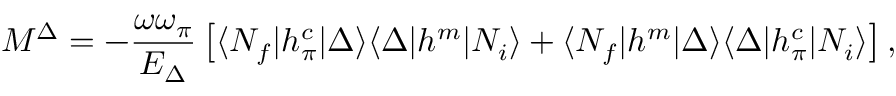
{ \cal M } ^ { \Delta } = - \frac { \omega \omega _ { \pi } } { E _ { \Delta } } \left[ \langle N _ { f } | h _ { \pi } ^ { c } | \Delta \rangle \langle \Delta | h ^ { m } | N _ { i } \rangle + \langle N _ { f } | h ^ { m } | \Delta \rangle \langle \Delta | h _ { \pi } ^ { c } | N _ { i } \rangle \right] ,